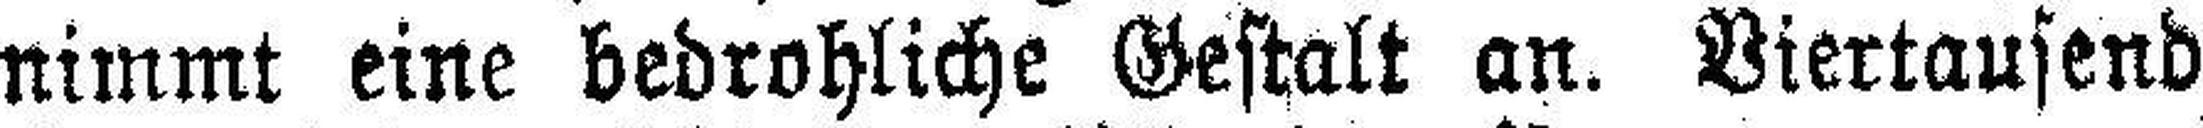
nimmt eine bedrohliche Gestalt an. Viertausend